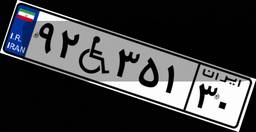
۹۲W۳۵۱۳۰